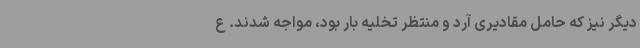
دیگر نیز که حامل مقادیری آرد و منتظر تخلیه بار بود، مواجه شدند. ع